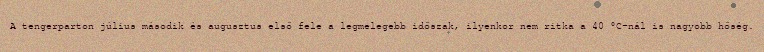
A tengerparton július második és augusztus első fele a legmelegebb időszak, ilyenkor nem ritka a 40 °C-nál is nagyobb hőség.